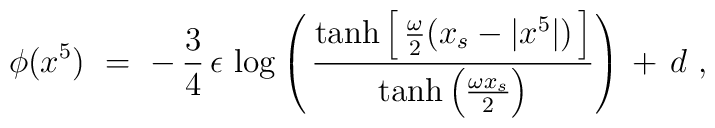
\phi(x^5)\ =\ -\, \frac{3}{4}\, \epsilon\, \log \left(\,  \frac{\tanh \left[\, \frac{\omega}{2} (x_s - |x^5|)\, \right]}  {\tanh \left( \frac{\omega x_s}{2} \right)} \right)\,  +\, d\ ,